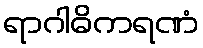
ရာဂါဓိကရဏံ